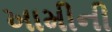
ખામીની